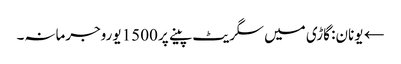
← یونان: گاڑی میں سگریٹ پینے پر 1500 یوروجرمانہ۔